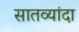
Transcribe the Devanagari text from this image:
सातव्यांदा